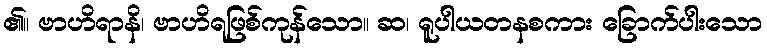
၏။ ဗာဟိရာနိ၊ ဗာဟိရဖြစ်ကုန်သော။ ဆ၊ ရူပါယတနစကား ခြောက်ပါးသော